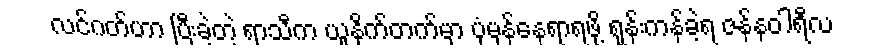
လင်ဂတ်ဟာ ပြီးခဲ့တဲ့ ရာသီက ယူနိုက်တက်မှာ ပုံမှန်နေရာရဖို့ ရုန်းကန်ခဲ့ရ ဇန်နဝါရီလ